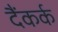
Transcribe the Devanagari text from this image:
दैंकर्क